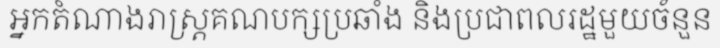
អ្នកតំណាងរាស្ត្រគណបក្សប្រឆាំង និងប្រជាពលរដ្ឋមួយចំនួន